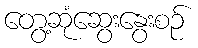
တွေ့ဆုံဆွေးနွေးစဉ်